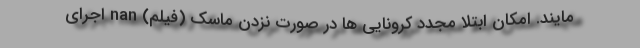
مایند. امکان ابتلا مجدد کرونایی ها در صورت نزدن ماسک (فیلم) nan اجرای